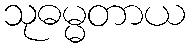
သုဓမ္မတာယ